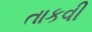
તાકવી